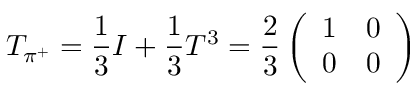
T _ { \pi ^ { + } } = \frac 1 3 I + \frac 1 3 T ^ { 3 } = \frac 2 3 \left( \begin{array} { l l } { { 1 } } & { { 0 } } \\ { { 0 } } & { { 0 } } \end{array} \right)